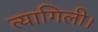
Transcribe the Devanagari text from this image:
त्यागिली।